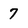
Character: 7